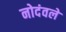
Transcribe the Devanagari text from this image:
नोदंवले